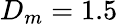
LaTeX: D_{m}=1.5